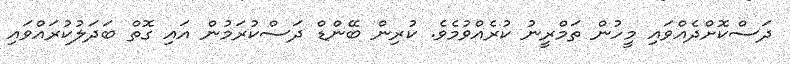
ދަސްކޮށްދެއްވައި މީހުން ތަމްރީނު ކުރެއްވުމެވެ. ކުރިން ބޭންޑް ދަސްކުރަމުން އައި ގޮތް ބަދަލުކުރައްވައި